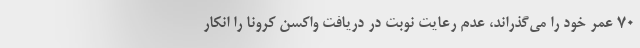
70 عمر خود را می‌گذراند، عدم رعایت نوبت در دریافت واکسن کرونا را انکار